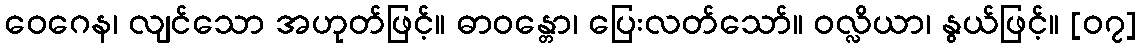
ဝေဂေန၊ လျင်သော အဟုတ်ဖြင့်။ ဓာဝန္တော၊ ပြေးလတ်သော်။ ဝလ္လိယာ၊ နွယ်ဖြင့်။ [၀၇]